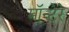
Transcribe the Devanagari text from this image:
मॉन्टेरे